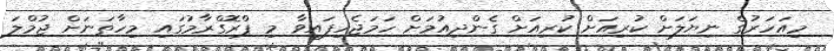
މިއަހަރުގެ ނިޔަލަށް ކުރިއަށް ކުރިއަށް ގެންދިއުމަށް ހަމަޖެހިފައިވާ މި ޕްރޮގްރާމުގައި މިހާތަނަށް ޖުމްލަ